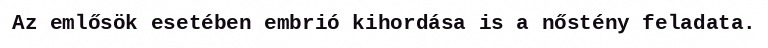
Az emlősök esetében embrió kihordása is a nőstény feladata.